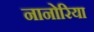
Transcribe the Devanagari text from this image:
नानोरिया